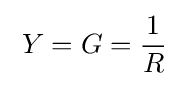
\;Y=G={\frac {1}{R}}\;